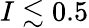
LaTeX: I\lesssim 0.5